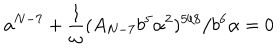
a ^ { N - 7 } + \frac { 1 } { \omega } ( A _ { N - 7 } b ^ { 5 } \alpha ^ { 2 } ) ^ { 5 / 8 } / b ^ { 6 } \alpha = 0